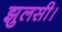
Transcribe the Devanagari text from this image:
झुलसी।